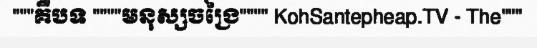
"""គឺបទ """"មនុស្សចង្រៃ"""" KohSantepheap.TV - The"""